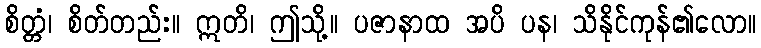
စိတ္တံ၊ စိတ်တည်း။ ဣတိ၊ ဤသို့။ ပဇာနာထ အပိ ပန၊ သိနိုင်ကုန်၏လော။